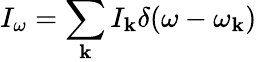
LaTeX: I_{\omega}=\sum_{\mathbf{k}}I_{\mathbf{k}}\delta(\omega-\omega_{\mathbf{k}})